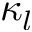
\kappa _ { l }